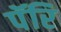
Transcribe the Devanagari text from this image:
पॅरि